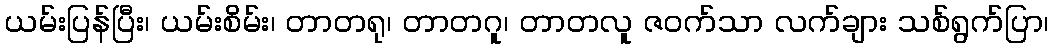
ယမ်းပြန်ပြီး၊ ယမ်းစိမ်း၊ တာတရု၊ တာတဂူ၊ တာတလူ ဇဝက်သာ လက်ချား သစ်ရွက်ပြာ၊